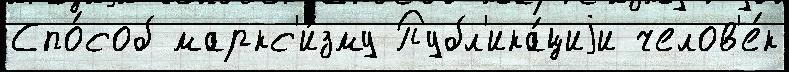
Спо́соб маркс'и́зму Публ'ика́циjи челов'е́к